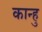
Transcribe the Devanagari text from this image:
कान्हु